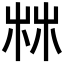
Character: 𣑼